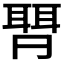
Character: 𱻽